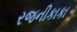
રજનીકાકા